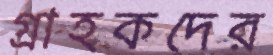
গ্রাহকদের